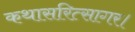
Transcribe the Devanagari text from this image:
कथासरित्सागर।